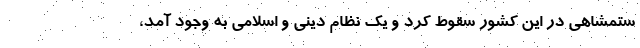
ستمشاهی در این کشور سقوط کرد و یک نظام دینی و اسلامی به وجود آمد،